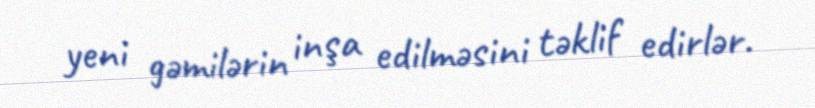
yeni gəmilərin inşa edilməsini təklif edirlər.